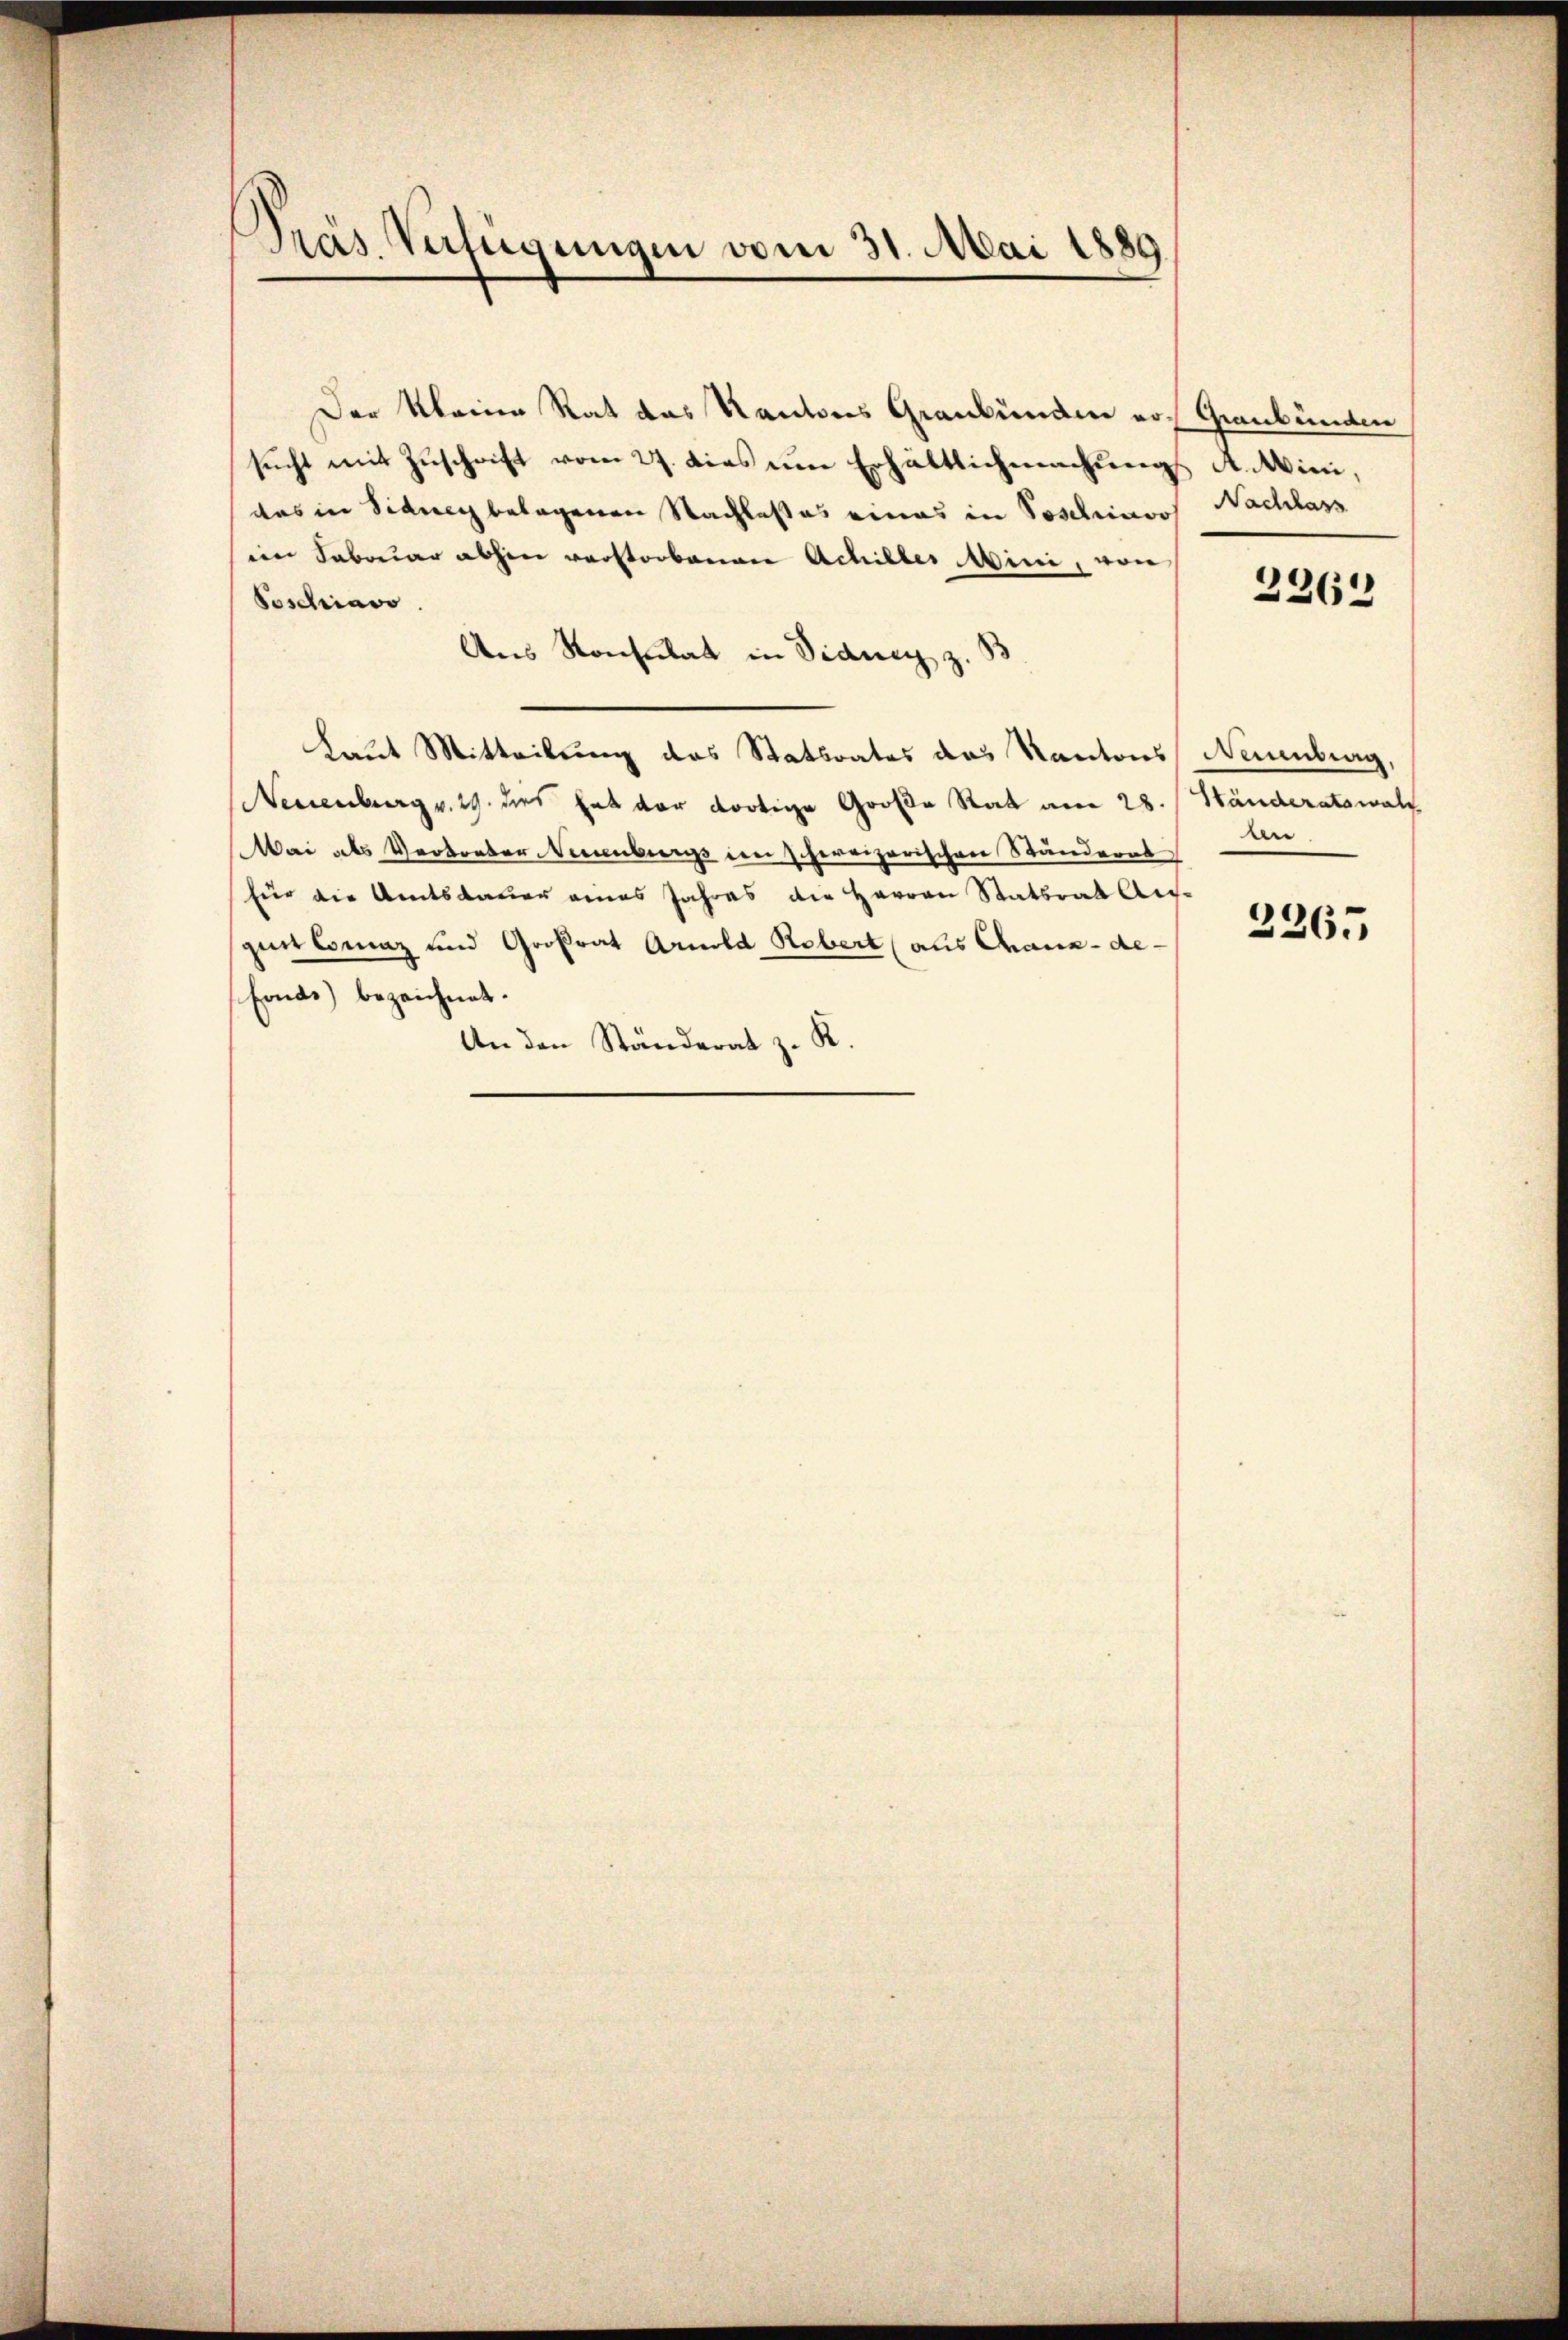
Präs. Verfügungen vom 31. Mai 1889

Der kleine Rat das Kantons Graubünden von Graubünden
sucht mit Zuschrift vom 27. dies um Erhältlichmachungs A. Wini,
das in Sidner belagenen Nachlaßes eines in Poschinoos Nachlass
eim Februar abhin verstorbenen Achilles Mini, von
Soschiavo
Aus Konsulat in Diana z. 33
Laut Mitteilung des Statsrates das Kantons Neuenburg,
Neuenburg v. 29. dies hat der dortige Große Rat am 28. / Händeratswald
Mai als Verborder Neuenburgs den schereizerischen Ständerat
für die Amtsdauer eines Jahres die Herren Statsrat Auf-
giit Comaz und Großrat Arnold Rebert (als Chaux-de-
fonds bezeichnet.
An den Ständerat z. R.

226.

bn

2365